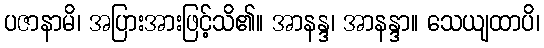
ပဇာနာမိ၊ အပြားအားဖြင့်သိ၏။ အာနန္ဒ၊ အာနန္ဒာ။ သေယျထာပိ၊